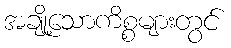
အချို့သောကိစ္စများတွင်